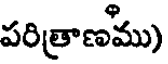
పరిత్రాణము)